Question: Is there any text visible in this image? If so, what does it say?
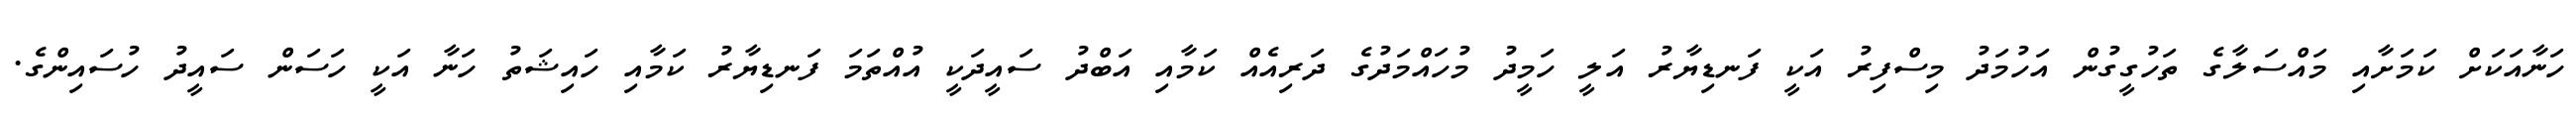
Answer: ހަނާއަކަށް ކަމަށާއި މައްސަލާގެ ތަހުގީގުން އަހުމަދު މިސްފިރު އަކީ ފަނޑިޔާރު އަލީ ހަމީދު މުހައްމަދުގެ ދަރިއެއް ކަމާއި އަބްދު ސައީދަކީ އުއްތަމަ ފަނޑިޔާރު ކަމާއި ހައިޝަތު ހަނާ އަކީ ހަސަން ސައީދު ހުސައިންގެ.